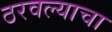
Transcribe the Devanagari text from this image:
ठरवल्याचा